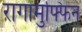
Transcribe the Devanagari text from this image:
रागामुफ्फिन